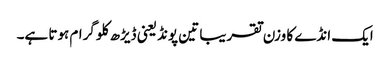
ایک انڈے کا وزن تقریبا تین پونڈ یعنی ڈیڑھ کلو گرام ہوتا ہے۔